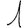
Digit: 1